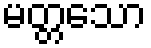
မတ္တသော